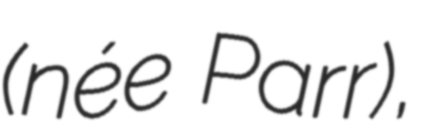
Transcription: (née Parr),